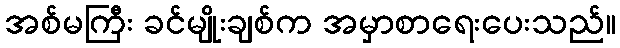
အစ်မကြီး ခင်မျိုးချစ်က အမှာစာရေးပေးသည်။